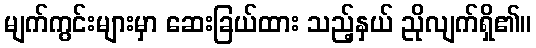
မျက်ကွင်းများမှာ ဆေးခြယ်ထား သည့်နှယ် ညိုလျက်ရှိ၏။